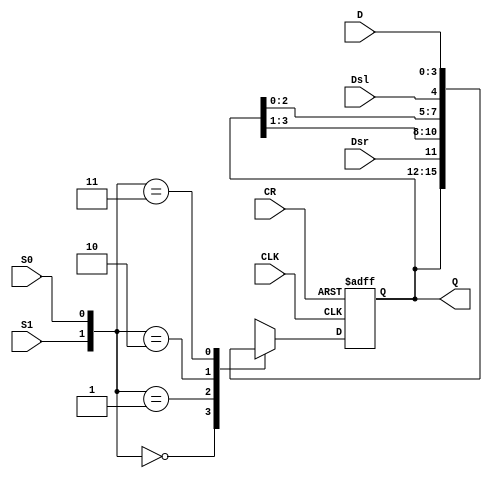
`timescale 1ns / 1ps
//////////////////////////////////////////////////////////////////////////////////
// Company: 
// Engineer: 
// 
// Design Name: 
// Module Name: shift_register
// Project Name: 
// Target Devices: 
// Tool Versions: 
// Description: 
// 
// Dependencies: 
// 
// Revision:
// Revision 0.01 - File Created
// Additional Comments:
// 
//////////////////////////////////////////////////////////////////////////////////


module shift_register(S1, S0, D, Dsl, Dsr, Q, CLK, CR);
    parameter N = 4;
    input S1, S0, Dsl, Dsr, CLK, CR;
    input[N-1:0] D;
    output[N-1:0] Q;
    reg [N-1:0] Q;
    
    always @(posedge CLK or posedge CR)
        if(CR)
            Q <= 0;
        else 
                case({S1, S0})
                    2'b00: Q <= Q;
                    2'b01: Q <= {Dsr, Q[N-1:1]};
                    2'b10: Q <= {Q[N-2:0], Dsl};
                    2'b11: Q <= D;
                endcase
endmodule